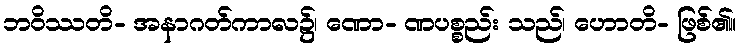
ဘဝိဿတိ- အနာဂတ်ကာလ၌၊ ဏော- ဏပစ္စည်း သည်၊ ဟောတိ- ဖြစ်၏။